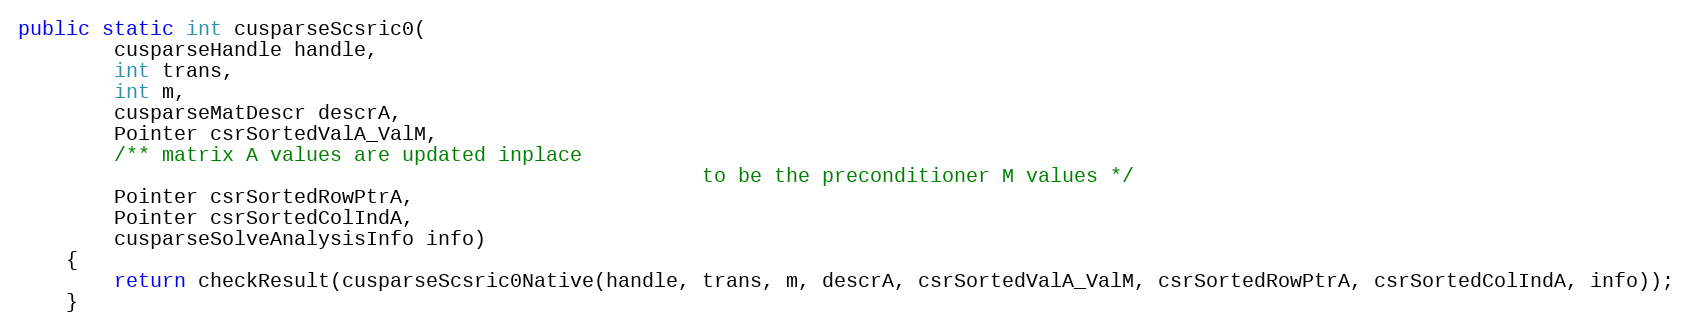
Language: Java
public static int cusparseScsric0(
        cusparseHandle handle,
        int trans,
        int m,
        cusparseMatDescr descrA,
        Pointer csrSortedValA_ValM,
        /** matrix A values are updated inplace
                                                         to be the preconditioner M values */
        Pointer csrSortedRowPtrA,
        Pointer csrSortedColIndA,
        cusparseSolveAnalysisInfo info)
    {
        return checkResult(cusparseScsric0Native(handle, trans, m, descrA, csrSortedValA_ValM, csrSortedRowPtrA, csrSortedColIndA, info));
    }